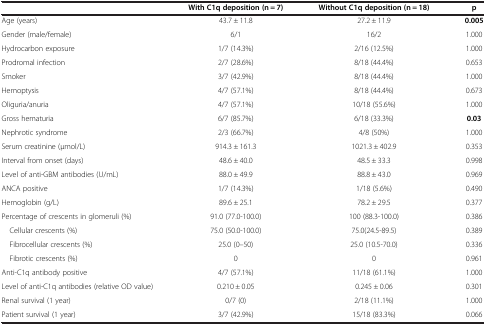
|  | With C1q deposition (n = 7) | Without C1q deposition (n = 18) | p |
 | --- | --- | --- | --- |
 | Age (years) | 43.7 ± 11.8 | 27.2 ± 11.9 | 0.005 |
 | Gender (male/female) | 6/1 | 16/2 | 1.000 |
 | Hydrocarbon exposure | 1/7 (14.3%) | 2/16 (12.5%) | 1.000 |
 | Prodromal infection | 2/7 (28.6%) | 8/18 (44.4%) | 0.653 |
 | Smoker | 3/7 (42.9%) | 8/18 (44.4%) | 1.000 |
 | Hemoptysis | 4/7 (57.1%) | 8/18 (44.4%) | 0.673 |
 | Oliguria/anuria | 4/7 (57.1%) | 10/18 (55.6%) | 1.000 |
 | Gross hematuria | 6/7 (85.7%) | 6/18 (33.3%) | 0.03 |
 | Nephrotic syndrome | 2/3 (66.7%) | 4/8 (50%) | 1.000 |
 | Serum creatinine (μmol/L) | 914.3 ± 161.3 | 1021.3 ± 402.9 | 0.353 |
 | Interval from onset (days) | 48.6 ± 40.0 | 48.5 ± 33.3 | 0.998 |
 | Level of anti-GBM antibodies (U/mL) | 88.0 ± 49.9 | 88.8 ± 43.0 | 0.969 |
 | ANCA positive | 1/7 (14.3%) | 1/18 (5.6%) | 0.490 |
 | Hemoglobin (g/L) | 89.6 ± 25.1 | 78.2 ± 29.5 | 0.377 |
 | Percentage of crescents in glomeruli (%) | 91.0 (77.0-100.0) | 100 (88.3-100.0) | 0.386 |
 | Cellular crescents (%) | 75.0 (50.0-100.0) | 75.0(24.5-89.5) | 0.389 |
 | Fibrocellular crescents (%) | 25.0 (0–50) | 25.0 (10.5-70.0) | 0.336 |
 | Fibrotic crescents (%) | 0 | 0 | 0.961 |
 | Anti-C1q antibody positive | 4/7 (57.1%) | 11/18 (61.1%) | 1.000 |
 | Level of anti-C1q antibodies (relative OD value) | 0.210 ± 0.05 | 0.245 ± 0.06 | 0.301 |
 | Renal survival (1 year) | 0/7 (0) | 2/18 (11.1%) | 1.000 |
 | Patient survival (1 year) | 3/7 (42.9%) | 15/18 (83.3%) | 0.066 |